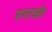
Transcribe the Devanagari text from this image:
साधनाक्षेत्र